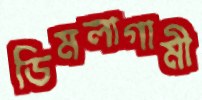
ডিমলাগামী